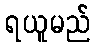
ရယူမည်